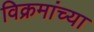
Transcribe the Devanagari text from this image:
विक्रमांच्या